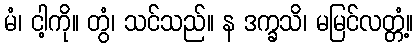
မံ၊ ငါ့ကို။ တွံ၊ သင်သည်။ န ဒက္ခသိ၊ မမြင်လတ္တံ့။